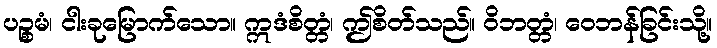
ပဉ္စမံ၊ ငါးခုမြောက်သော။ ဣဒံစိတ္တံ၊ ဤစိတ်သည်။ ဝိဘတ္တံ၊ ဝေဘန်ခြင်းသို့။